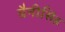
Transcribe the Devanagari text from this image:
बैनीसिंह